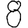
Digit: 8